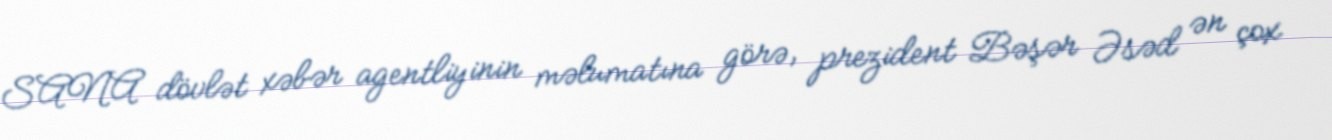
SANA dövlət xəbər agentliyinin məlumatına görə, prezident Bəşər Əsəd ən çox